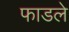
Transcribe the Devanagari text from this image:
फाडले